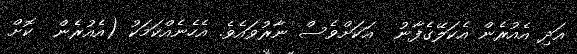
އަދި އެއުރެން އެކަލޭގެފާނު  އަކަށްވެސް ނާރުވައެވެ. އެހެނެއްކަމަކު (އެއުރެން  ކޮށް